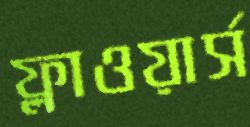
ফ্লাওয়ার্স